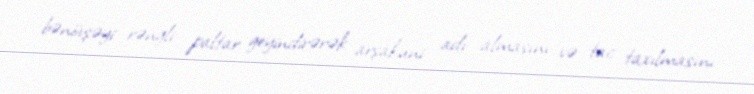
bənövşəyi rəngli paltar geyindirərək arşakuni adı almasını və tac taxılmasını